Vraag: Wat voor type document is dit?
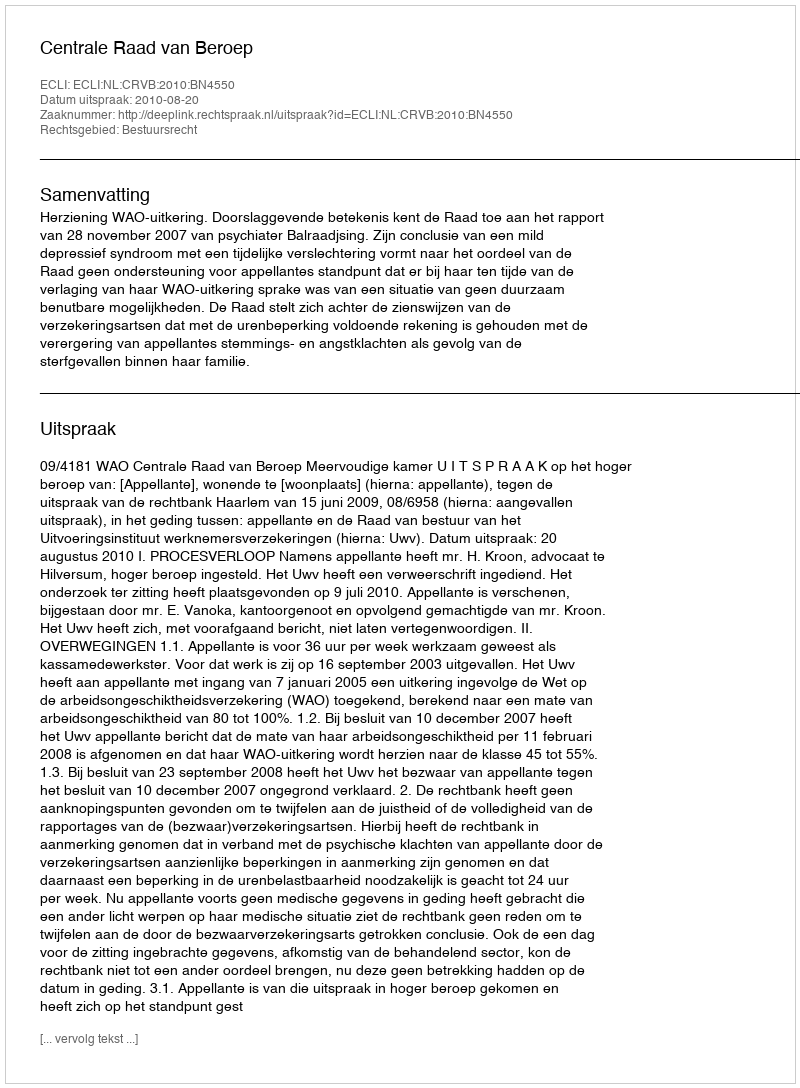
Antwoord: Uitspraak